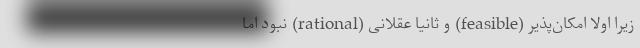
زیرا اولاً امکان‌پذیر (feasible) و ثانیاً عقلانی (rational) نبود اما